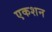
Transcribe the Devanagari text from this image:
एकशन